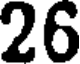
26